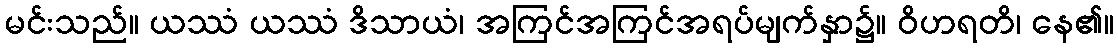
မင်းသည်။ ယဿံ ယဿံ ဒိသာယံ၊ အကြင်အကြင်အရပ်မျက်နှာ၌။ ဝိဟရတိ၊ နေ၏။